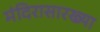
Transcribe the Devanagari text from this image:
मंदिरासारख्या